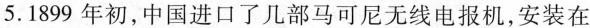
5.1899年初，中国进口了几部马可尼无线电报机，安装在